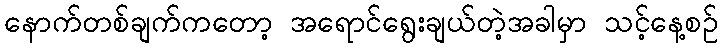
နောက်တစ်ချက်ကတော့ အရောင်ရွေးချယ်တဲ့အခါမှာ သင့်နေ့စဉ်